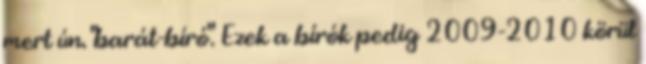
mert ún. "barát-bíró". Ezek a bírók pedig 2009-2010 körül